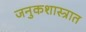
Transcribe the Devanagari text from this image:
जनुकशास्त्रात